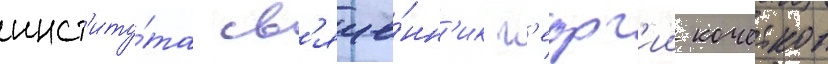
инст'иту́та св'яще́нн'ик г'еорг'ии кочетков